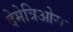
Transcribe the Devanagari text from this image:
देमेत्रिओस